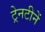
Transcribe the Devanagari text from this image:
ट्रेनटीनें